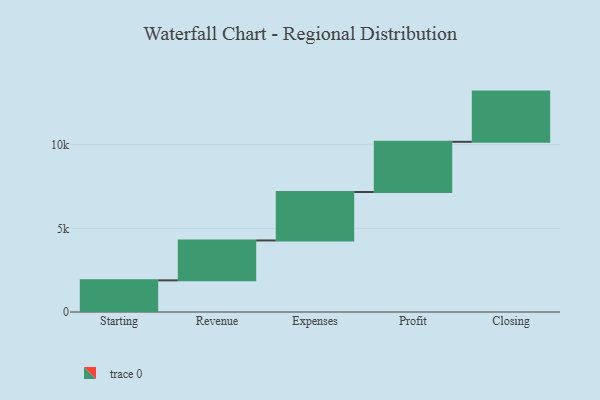
{"axis": {"x": "Step", "y": "Value"}, "legend": [""], "data": [{"x": "Starting", "y": 1893.0, "type": ""}, {"x": "Revenue", "y": 2383.0, "type": ""}, {"x": "Expenses", "y": 2896.0, "type": ""}, {"x": "Profit", "y": 3000, "type": ""}, {"x": "Closing", "y": 3000, "type": ""}]}